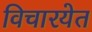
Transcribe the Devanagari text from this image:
विचारयेत